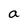
Character: a